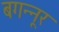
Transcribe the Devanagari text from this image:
बगन्नूर